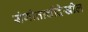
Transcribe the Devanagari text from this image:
संगीताचीदेखील